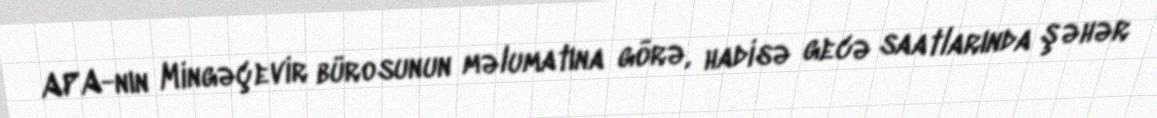
APA-nın Mingəçevir bürosunun məlumatına görə, hadisə gecə saatlarında şəhər